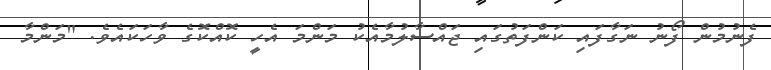
ފެނުމުން ފޯނު ނަގާފައި ކަންފަތުގައި ޖައްސާލުމާއެކު މަންމަ އެހީ ކޮއްކޮގެ ވާހަކައެވެ. "މަންމާ